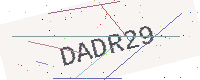
Text: DADR29